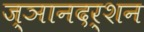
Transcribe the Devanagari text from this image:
ज्ञानदर्शन